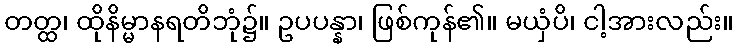
တတ္ထ၊ ထိုနိမ္မာနရတိဘုံ၌။ ဥပပန္နာ၊ ဖြစ်ကုန်၏။ မယှံပိ၊ ငါ့အားလည်း။